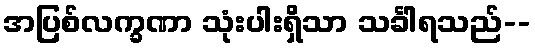
အပြစ်လက္ခဏာ သုံးပါးရှိသာ သင်္ခါရသည်--